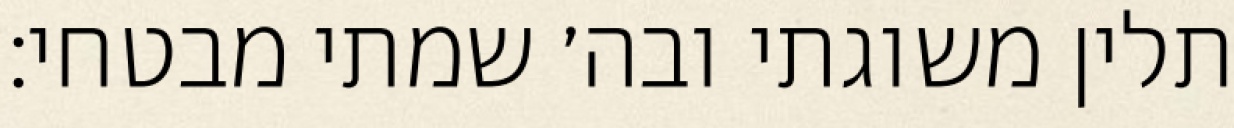
תלין משוגתי ובה׳ שמתי מבטחי: